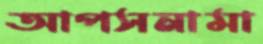
আপসনামা